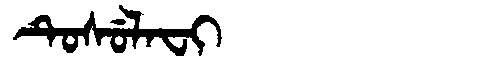
Manchu: ᡨᡠᠰᡠᠯᠠᠸᡳ
Romanization: TUSULAFI